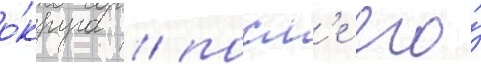
о́круга / посл'е его́